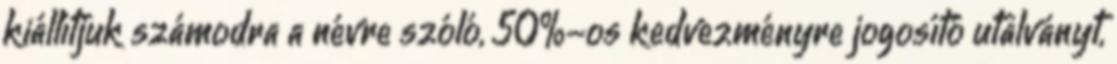
kiállítjuk számodra a névre szóló, 50%-os kedvezményre jogosító utalványt,